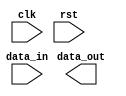
module Ethernet_Controller (
    input wire clk,     // Clock signal input
    input wire rst,     // Reset signal input
    input wire data_in, // Data input
    output wire data_out // Data output
);

// Timing control block
always @ (posedge clk or posedge rst) begin
    if (rst == 1'b1) begin
        // Reset logic here
    end else begin
        // Timing control logic here
    end
end

// Synchronization block
always @ (posedge clk or posedge rst) begin
    if (rst == 1'b1) begin
        // Reset logic here
    end else begin
        // Synchronization logic here
    end
end

// Arbitration and contention resolution block
always @ (posedge clk or posedge rst) begin
    if (rst == 1'b1) begin
        // Reset logic here
    end else begin
        // Arbitration and contention resolution logic here
    end
end

endmodule